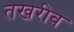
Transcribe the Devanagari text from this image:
तखरीब